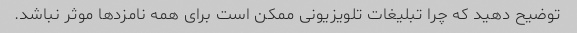
توضیح دهید که چرا تبلیغات تلویزیونی ممکن است برای همه نامزدها موثر نباشد.